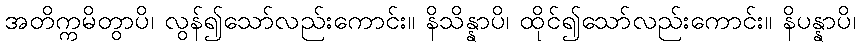
အတိက္ကမိတွာပိ၊ လွန်၍သော်လည်းကောင်း။ နိသိန္နာပိ၊ ထိုင်၍သော်လည်းကောင်း။ နိပန္နာပိ၊